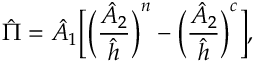
\hat { \Pi } = \hat { A } _ { 1 } \bigg [ \bigg ( \frac { \hat { A } _ { 2 } } { \hat { h } } \bigg ) ^ { n } - \bigg ( \frac { \hat { A } _ { 2 } } { \hat { h } } \bigg ) ^ { c } \bigg ] ,